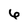
Character: 6